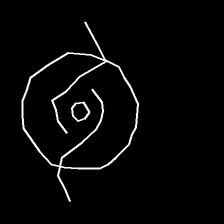
Glyph: repetition